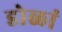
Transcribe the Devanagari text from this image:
डोळां